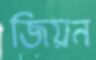
জিয়ন